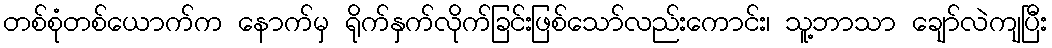
တစ်စုံတစ်ယောက်က နောက်မှ ရိုက်နှက်လိုက်ခြင်းဖြစ်သော်လည်းကောင်း၊ သူ့ဘာသာ ချော်လဲကျပြီး